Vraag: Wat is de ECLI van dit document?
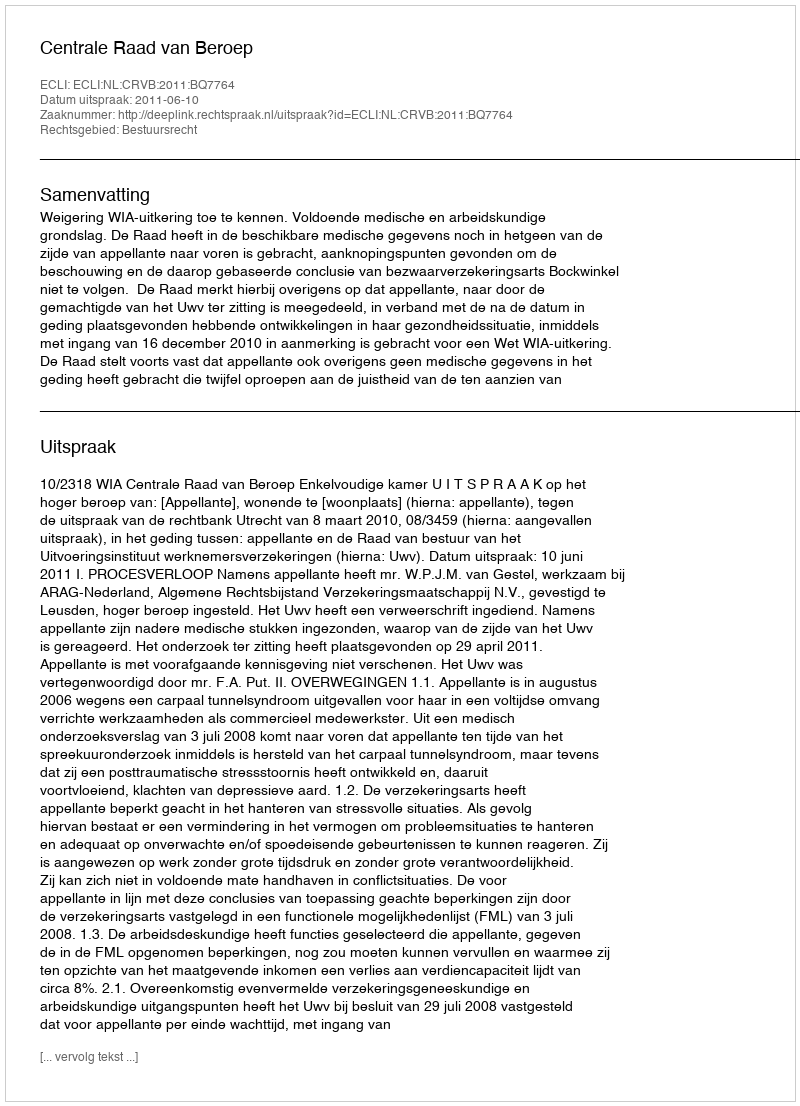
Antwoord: ECLI:NL:CRVB:2011:BQ7764